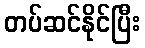
တပ်ဆင်နိုင်ပြီး